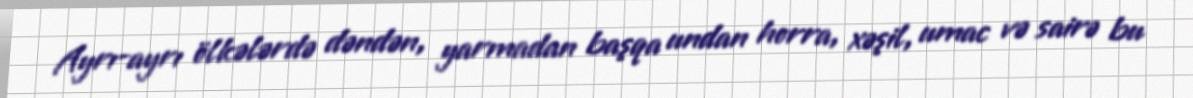
Ayrı-ayrı ölkələrdə dəndən, yarmadan başqa undan horra, xəşil, umac və sairə bu